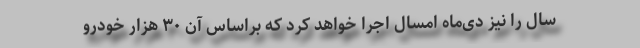
سال را نیز دی‌ماه امسال اجرا خواهد کرد که براساس آن ۳۰ هزار خودرو